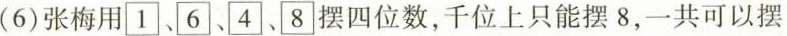
(6)张梅用1、4、6、8摆四位数，千位上只能摆8，一共可以摆